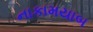
નાકામયાબ